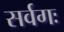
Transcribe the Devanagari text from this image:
सर्वगः